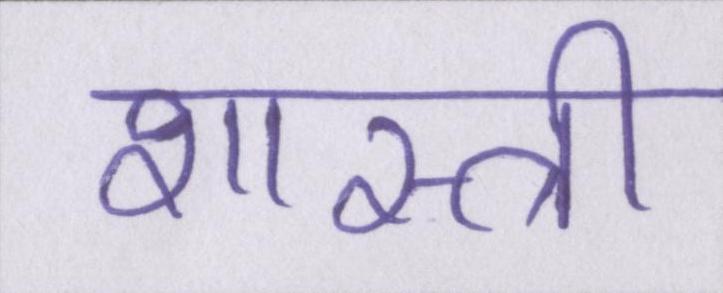
शास्त्री